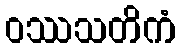
ဝဿသတိကံ